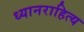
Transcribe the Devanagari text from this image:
ध्यानराहित्य